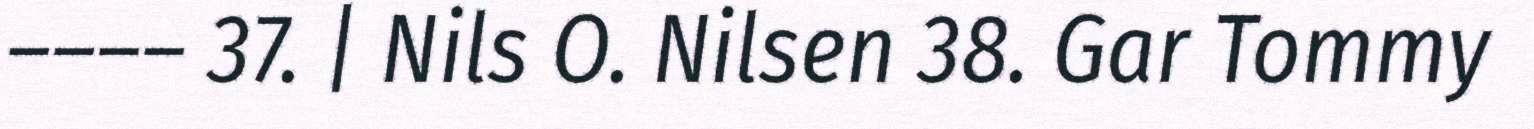
–––– 37. | Nils O. Nilsen 38. Gar Tommy